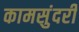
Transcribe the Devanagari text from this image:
कामसुंदरी